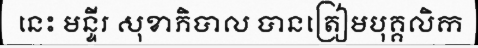
នេះ មន្ទីរ សុខាភិបាល បានត្រៀមបុគ្គលិក